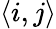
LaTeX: \displaystyle\langle i,j\rangle